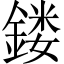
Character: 𨩐